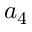
a _ { 4 }